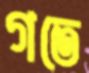
গতে